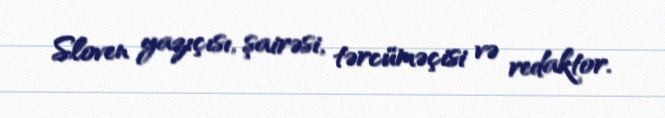
Sloven yazıçısı, şairəsi, tərcüməçisi və redaktor.